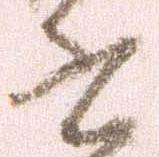
書